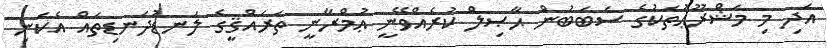
އަދި މި މަޝްރޫޢުތަކުގެ ސަބަބުން ޙާޞިލް ކުރެއްވޭނީ ޢުމްރާނީ ތަރައްޤީގެ ލަނޑުދަނޑިތައް އެކަނި